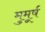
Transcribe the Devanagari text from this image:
मुमूर्ष